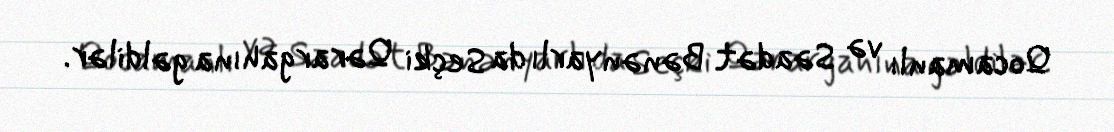
Qocamanlı və Səadət Bənənyarlı da Seçki Qərargahına gəldilər.